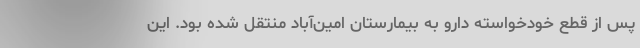
پس از قطع خودخواسته دارو به بیمارستان امین‌آباد منتقل شده بود. این